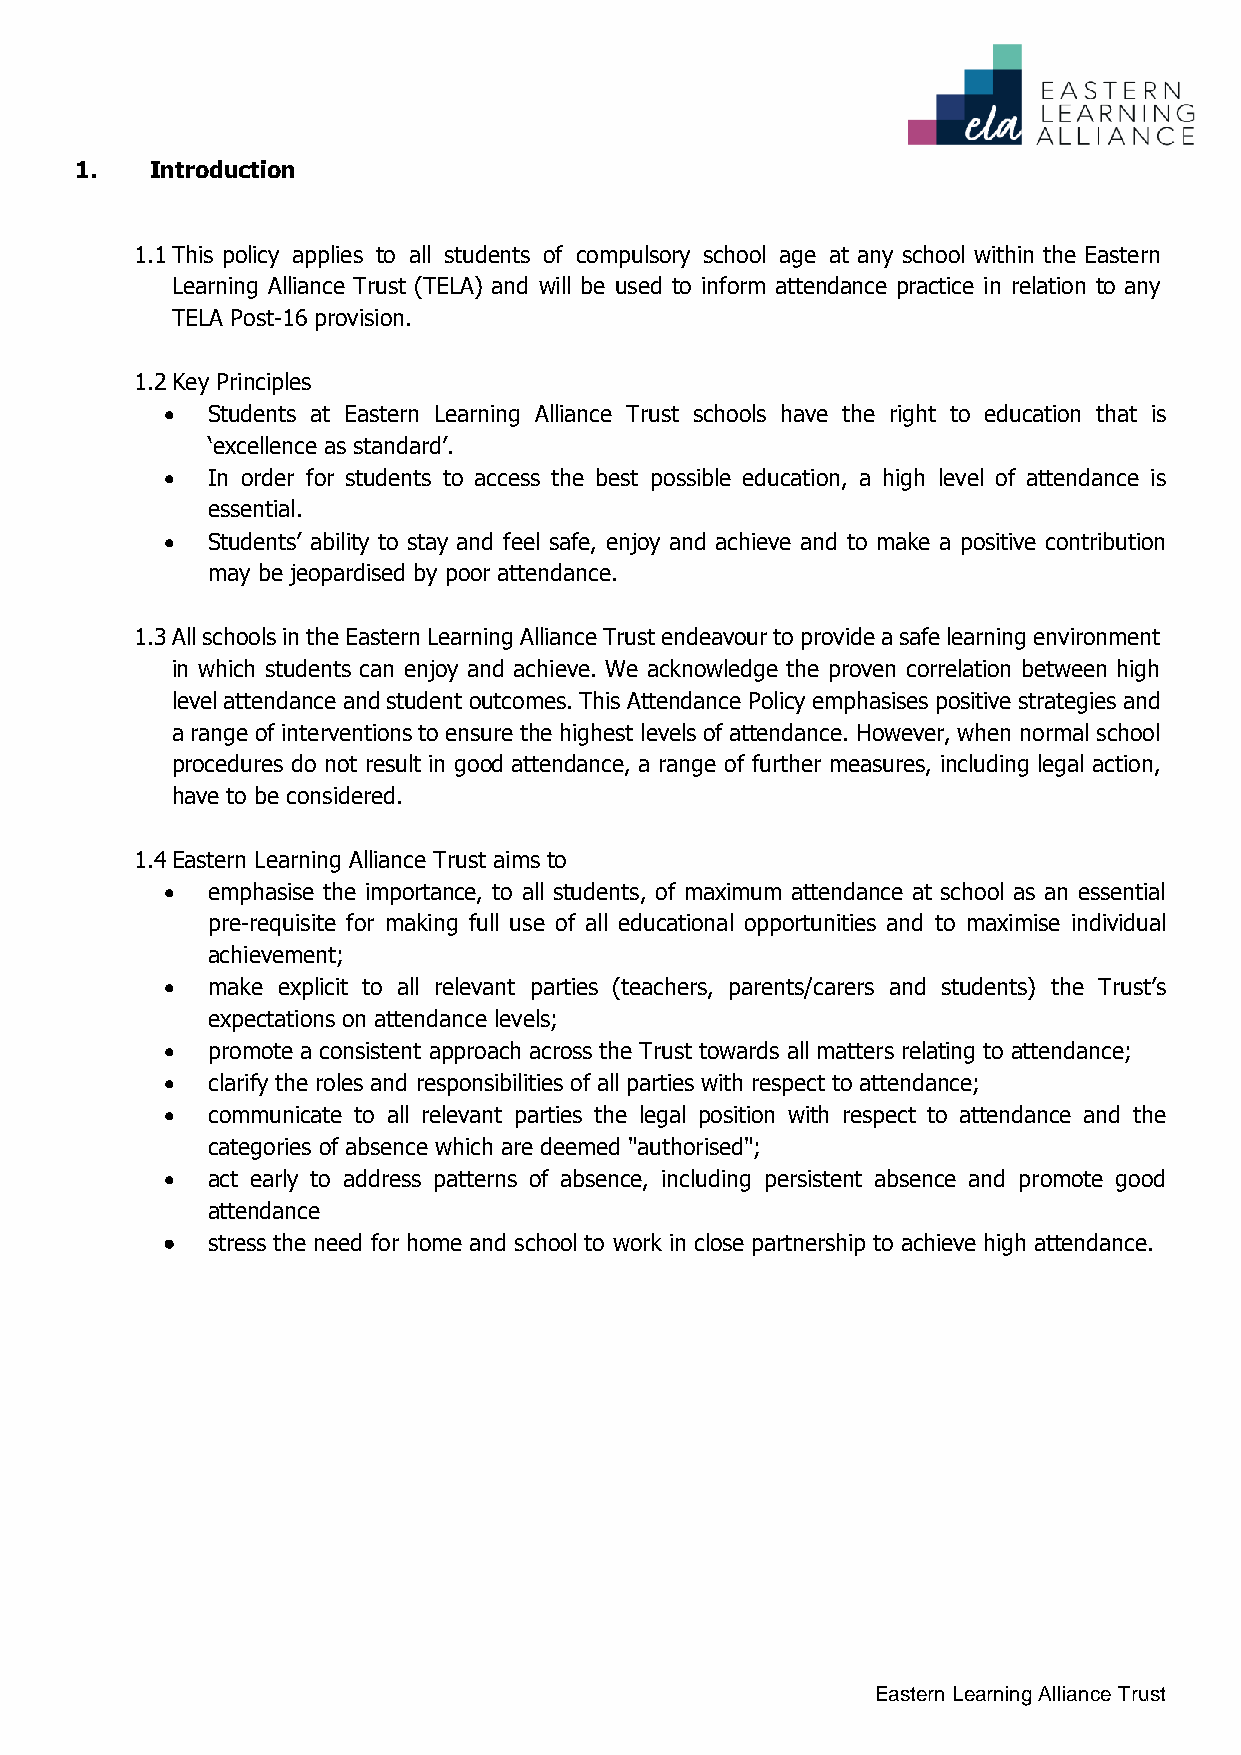
1.   Introduction
 1.1 This policy applies to all students of compulsory school age at any school within the Eastern
 Learning Alliance Trust (TELA) and will be used to inform attendance practice in relation to any
 TELA Post-16 provision.
 1.2 Key Principles
   Students at Eastern Learning Alliance Trust schools have the right to education that is
 ‘excellence as standard’.
   In order for students to access the best possible education, a high level of attendance is
 essential.
   Students’ ability to stay and feel safe, enjoy and achieve and to make a positive contribution
 may be jeopardised by poor attendance.
 1.3 All schools in the Eastern Learning Alliance Trust endeavour to provide a safe learning environment
 in which students can enjoy and achieve. We acknowledge the proven correlation between high
 level attendance and student outcomes. This Attendance Policy emphasises positive strategies and
 a range of interventions to ensure the highest levels of attendance. However, when normal school
 procedures do not result in good attendance, a range of further measures, including legal action,
 have to be considered.
 1.4 Eastern Learning Alliance Trust aims to
   emphasise the importance, to all students, of maximum attendance at school as an essential
 pre-requisite for making full use of all educational opportunities and to maximise individual
 achievement;
   make explicit to all relevant parties (teachers, parents/carers and students) the Trust’s
 expectations on attendance levels;
   promote a consistent approach across the Trust towards all matters relating to attendance;
   clarify the roles and responsibilities of all parties with respect to attendance;
   communicate to all relevant parties the legal position with respect to attendance and the
 categories of absence which are deemed "authorised";
   act early to address patterns of absence, including persistent absence and promote good
 attendance
   stress the need for home and school to work in close partnership to achieve high attendance.
 Eastern Learning Alliance Trust